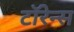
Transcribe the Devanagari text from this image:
टॉरेन्स